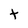
Character: t